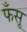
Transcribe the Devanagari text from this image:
फँसू